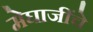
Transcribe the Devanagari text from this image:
मेघाजींचे